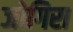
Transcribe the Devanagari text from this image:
जोगिरा